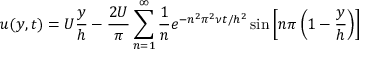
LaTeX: u ( y , t ) = U { \frac { y } { h } } - { \frac { 2 U } { \pi } } \sum _ { n = 1 } ^ { \infty } { \frac { 1 } { n } } e ^ { - n ^ { 2 } \pi ^ { 2 } \nu t / h ^ { 2 } } \sin \left[ n \pi \left( 1 - { \frac { y } { h } } \right) \right]